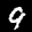
Label: 9